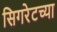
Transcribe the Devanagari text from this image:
सिगरेटच्या